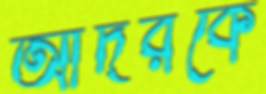
আদরকে